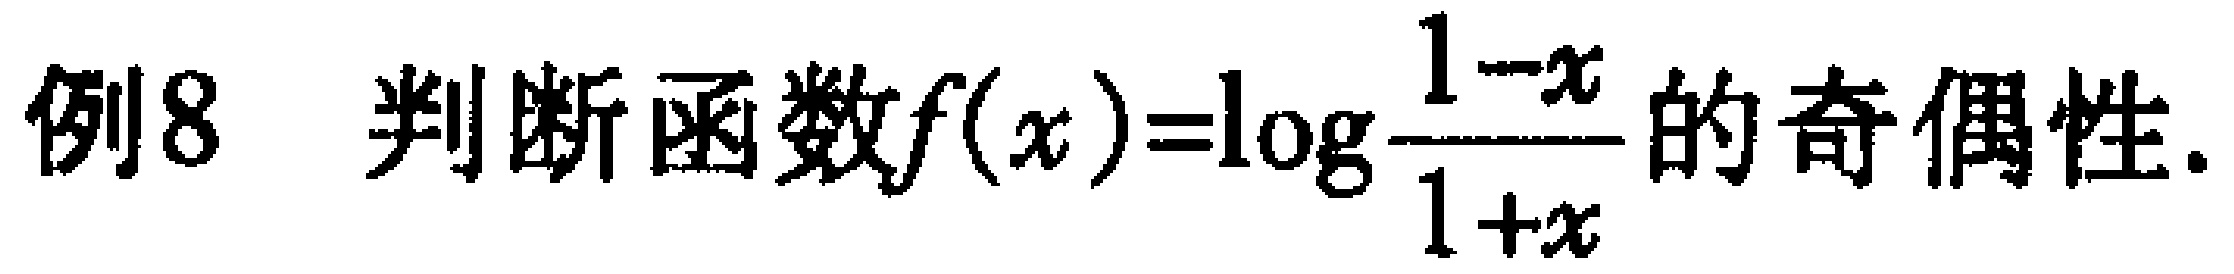
例8 判断函数\(f(x)=\log\frac{1 - x}{1 + x}\)的奇偶性.